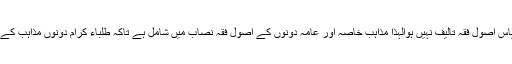
چونکہ ابھی تک ہمارے پاس اصول فقہ تالیف نہیں ہوالہذا مذاہب خاصہ اور عامہ دونوں کے اصول فقہ نصاب میں شامل ہے تاکہ طلباء کرام دونوں مذاہب کے اصول فقہ سے آشنائی ہو۔